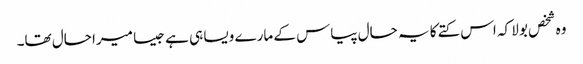
وہ شخص بولا کہ اس کتے کا یہ حال پیاس کے مارے ویسا ہی ہے جیسا میرا حال تھا۔